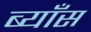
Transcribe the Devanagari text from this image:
ब्याँस